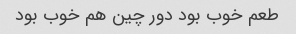
طعم خوب بود دور چین هم خوب بود